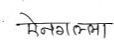
मजकूर: ऐनगल्ला